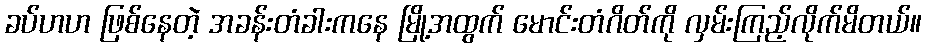
ခပ်ဟဟ ဖြစ်နေတဲ့ အခန်းတံခါးကနေ မြို့အထွက် မောင်းတံဂိတ်ကို လှမ်းကြည့်လိုက်မိတယ်။